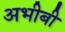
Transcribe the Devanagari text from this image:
अभीबी